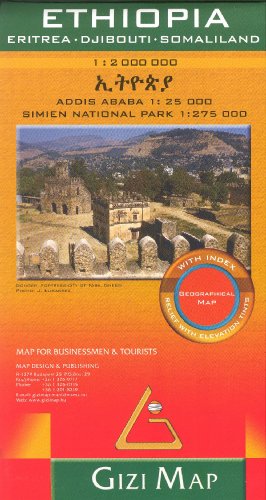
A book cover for Ethiopia & Eritrea, Djibouti, Somaliland 1:2,000,000 Travel Map GIZI, 2011 edition; Gizela Bassa; Travel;